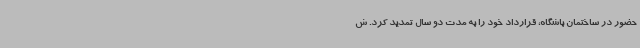
حضور در ساختمان باشگاه، قرارداد خود را به مدت دو سال تمدید کرد. ش